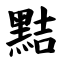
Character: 黠